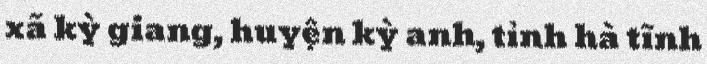
xã kỳ giang, huyện kỳ anh, tỉnh hà tĩnh